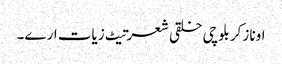
اونا زکر بلوچی خلقی شعرتیٹ زیات ارے۔